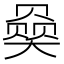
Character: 𪥠